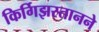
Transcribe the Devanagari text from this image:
किर्गिझस्तानने